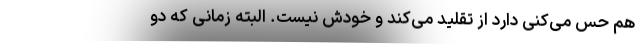
هم حس می‌کنی دارد از تقلید می‌کند و خودش نیست. البته زمانی که دو